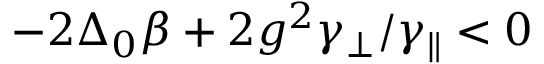
- 2 \Delta _ { 0 } \beta + 2 g ^ { 2 } \gamma _ { \perp } / \gamma _ { \parallel } < 0